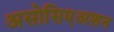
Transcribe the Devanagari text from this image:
असोसिएअशन